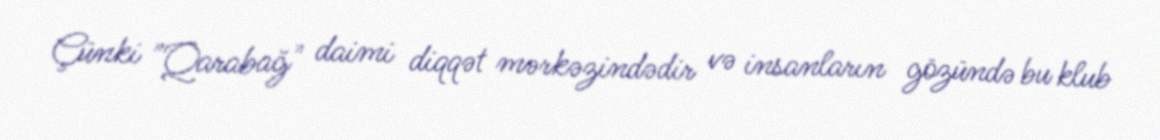
Çünki "Qarabağ" daimi diqqət mərkəzindədir və insanların gözündə bu klub